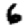
Digit: 6